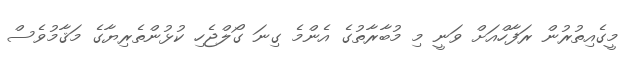
މީގެއިތުރުން ރަފާހްއަށް ވަނީ މި މުބާރާތުގެ އެންމެ ގިނަ ގޯލްޖެހި ކުޅުންތެރިޔާގެ މަޤާމުވެސް